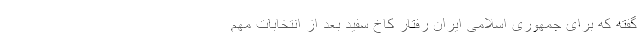
گفته که برای جمهوری اسلامی ایران رفتار کاخ سفید بعد از انتخابات مهم